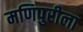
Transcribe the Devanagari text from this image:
मणिपुरीला